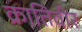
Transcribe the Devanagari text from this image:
क्रातिवीर